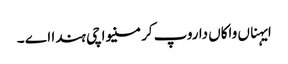
ایہناں واکاں دا روپ کرمنیواچی ہندا اے ۔